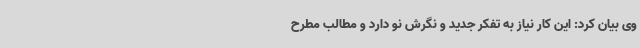
وی بیان کرد: این کار نیاز به تفکر جدید و نگرش نو دارد و مطالب مطرح